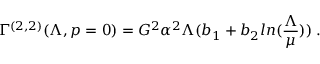
\Gamma ^ { ( 2 , 2 ) } ( \Lambda , p = 0 ) = G ^ { 2 } \alpha ^ { 2 } \Lambda ( b _ { 1 } + b _ { 2 } l n ( \frac { \Lambda } { \mu } ) ) \; .